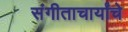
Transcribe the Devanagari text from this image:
संगीताचार्यांचे